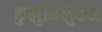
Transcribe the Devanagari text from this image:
कुलुमिलुकन